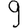
Digit: 9